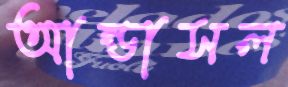
আন্ডাসল